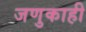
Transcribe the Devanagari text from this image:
जणुकाही